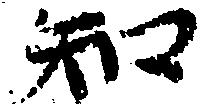
知